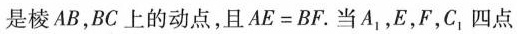
是棱AB，BC上的动点，且$$A E = B F$$。当A_{1}，E，F，C_{1}四点